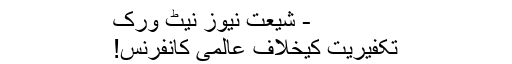
- شیعت نیوز نیٹ ورک
تکفیریت کیخلاف عالمی کانفرنس!